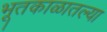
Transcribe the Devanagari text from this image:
भूतकाळातल्या